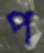
প